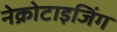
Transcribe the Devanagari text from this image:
नेक्रोटाइजिंग